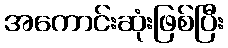
အကောင်းဆုံးဖြစ်ပြီး